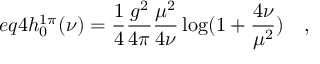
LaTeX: e q 4 h _ { 0 } ^ { 1 \pi } ( \nu ) = \frac { 1 } { 4 } \frac { g ^ { 2 } } { 4 \pi } \frac { \mu ^ { 2 } } { 4 \nu } \log ( 1 + \frac { 4 \nu } { \mu ^ { 2 } } ) \quad ,